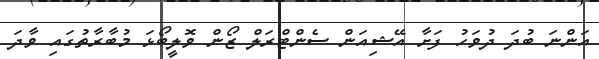
އަންނަ ބުދަ ދުވަހު ފަށާ އޭޝިއަން ސެންޓްރަލް ޒޯން ވޮލީބޯޅަ މުބާރާތުގައި ވާދަ